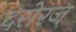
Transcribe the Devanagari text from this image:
दरोरज